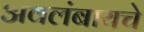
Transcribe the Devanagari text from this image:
अवलंबायचे